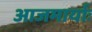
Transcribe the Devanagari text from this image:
आजमार्याः